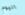
اليوم